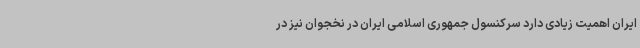
ایران اهمیت زیادی دارد سرکنسول جمهوری اسلامی ایران در نخجوان نیز در